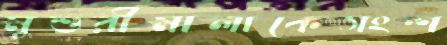
মুশুরীমালাকেসংশ